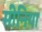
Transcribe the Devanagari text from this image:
सीनिया